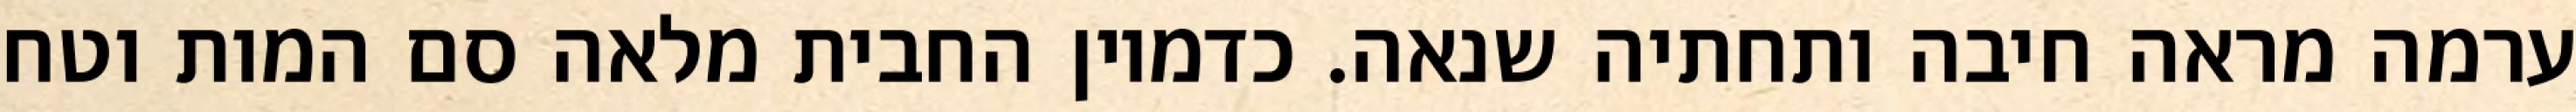
ערמה מראה חיבה ותחתיה שנאה. כדמיון החבית מלאה סם המות וטח